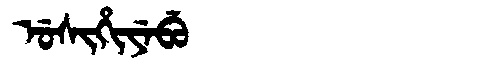
Manchu: ᡠᠰᡳᡥᡳᠶᡝᠪᡠ
Romanization: USIHIYEBU